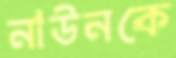
নাউনকে